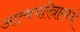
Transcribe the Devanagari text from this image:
आत्मचरित्रामध्ये